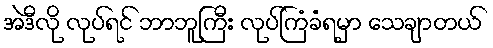
အဲဒီလို လုပ်ရင် ဘာဘူကြီး လုပ်ကြံခံရမှာ သေချာတယ်